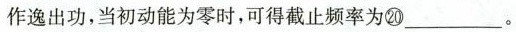
作逸出功，当初动能为零时，可得截止频率为⑳___。